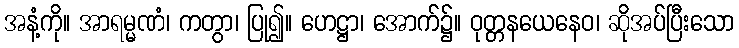
အနံ့ကို။ အာရမ္မဏံ၊ ကတွာ၊ ပြု၍။ ဟေဋ္ဌာ၊ အောက်၌။ ဝုတ္တနယေနေဝ၊ ဆိုအပ်ပြီးသော